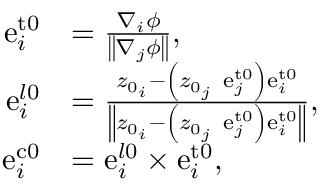
\begin{array} { r l } { \mathrm { e } _ { i } ^ { \mathrm { { t 0 } } } } & { = \frac { \nabla _ { i } \phi } { \left\| \nabla _ { j } \phi \right\| } , } \\ { \mathrm { e } _ { i } ^ { l \mathrm { 0 } } } & { = \frac { z _ { 0 _ { i } } - \left( z _ { 0 _ { j } } \ \mathrm { e } _ { j } ^ { \mathrm { { t 0 } } } \right) \mathrm { e } _ { i } ^ { \mathrm { t 0 } } } { \left\| z _ { 0 _ { i } } - \left( z _ { 0 _ { j } } \ \mathrm { e } _ { j } ^ { \mathrm { { t 0 } } } \right) \mathrm { e } _ { i } ^ { \mathrm { t 0 } } \right\| } , } \\ { \mathrm { e } _ { i } ^ { \mathrm { { c 0 } } } } & { = \mathrm { e } _ { i } ^ { l \mathrm { 0 } } \times \mathrm { e } _ { i } ^ { \mathrm { { t 0 } } } , } \end{array}